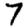
Digit: 7